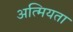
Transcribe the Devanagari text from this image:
अत्मियता